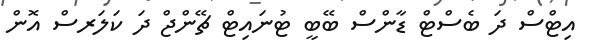
އިޓްސް ދަ ބެސްޓް ޑާންސް ބޭބީ ޓުނައިޓް ޗޭންޖް ދަ ކަލަރސް އޮން